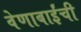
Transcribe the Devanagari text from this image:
वेणाबाईंची